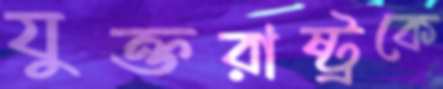
যুক্তরাষ্ট্রকে